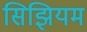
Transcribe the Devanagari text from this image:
सिझियम